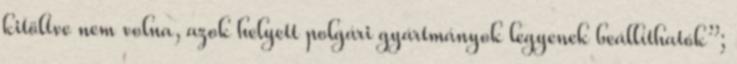
kitöltve nem volna, azok helyett polgári gyártmányok legyenek beállíthatók”;